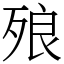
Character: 㱢